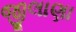
જીલાણા